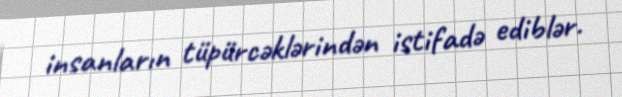
insanların tüpürcəklərindən istifadə ediblər.